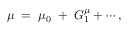
\mu \; = \; \mu _ { 0 } \; + \; G _ { 1 } ^ { \mu } + \cdots ,